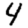
Digit: 4